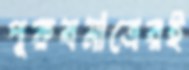
পুরুষমাত্রেরই